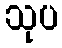
သုပ